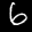
Label: 6